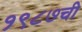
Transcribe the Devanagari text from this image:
१९८७ची